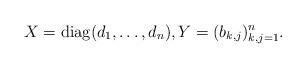
LaTeX: \begin{align*}X = \mathrm{diag}(d_1,\dots,d_n),Y = (b_{k,j})_{k,j=1}^n. \end{align*}